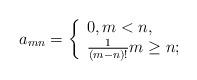
LaTeX: \begin{align*} a_{mn}&=\left\{\begin{array}{ll} 0,m<n,\\ \frac{1}{(m-n)!} m\ge n; \end{array}\right.\end{align*}